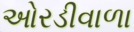
ઓરડીવાળા